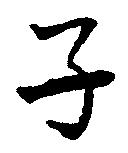
子